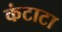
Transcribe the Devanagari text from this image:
कंटाटा